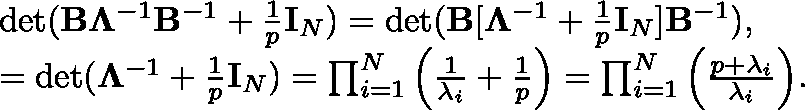
\begin{array} { r l } & { \operatorname* { d e t } ( \mathbf { B } \mathbf { \Lambda } ^ { - 1 } \mathbf { B } ^ { - 1 } + \frac { 1 } { p } \mathbf { I } _ { N } ) = \operatorname* { d e t } ( \mathbf { B } [ \mathbf { \Lambda } ^ { - 1 } + \frac { 1 } { p } \mathbf { I } _ { N } ] \mathbf { B } ^ { - 1 } ) , } \\ & { = \operatorname* { d e t } ( \mathbf { \Lambda } ^ { - 1 } + \frac { 1 } { p } \mathbf { I } _ { N } ) = \prod _ { i = 1 } ^ { N } \Big ( \frac { 1 } { \lambda _ { i } } + \frac { 1 } { p } \Big ) = \prod _ { i = 1 } ^ { N } \Big ( \frac { p + \lambda _ { i } } { \lambda _ { i } } \Big ) . } \end{array}